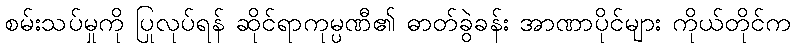
စမ်းသပ်မှုကို ပြုလုပ်ရန် ဆိုင်ရာကုမ္ပဏီ၏ ဓာတ်ခွဲခန်း အာဏာပိုင်များ ကိုယ်တိုင်က